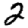
Digit: 2